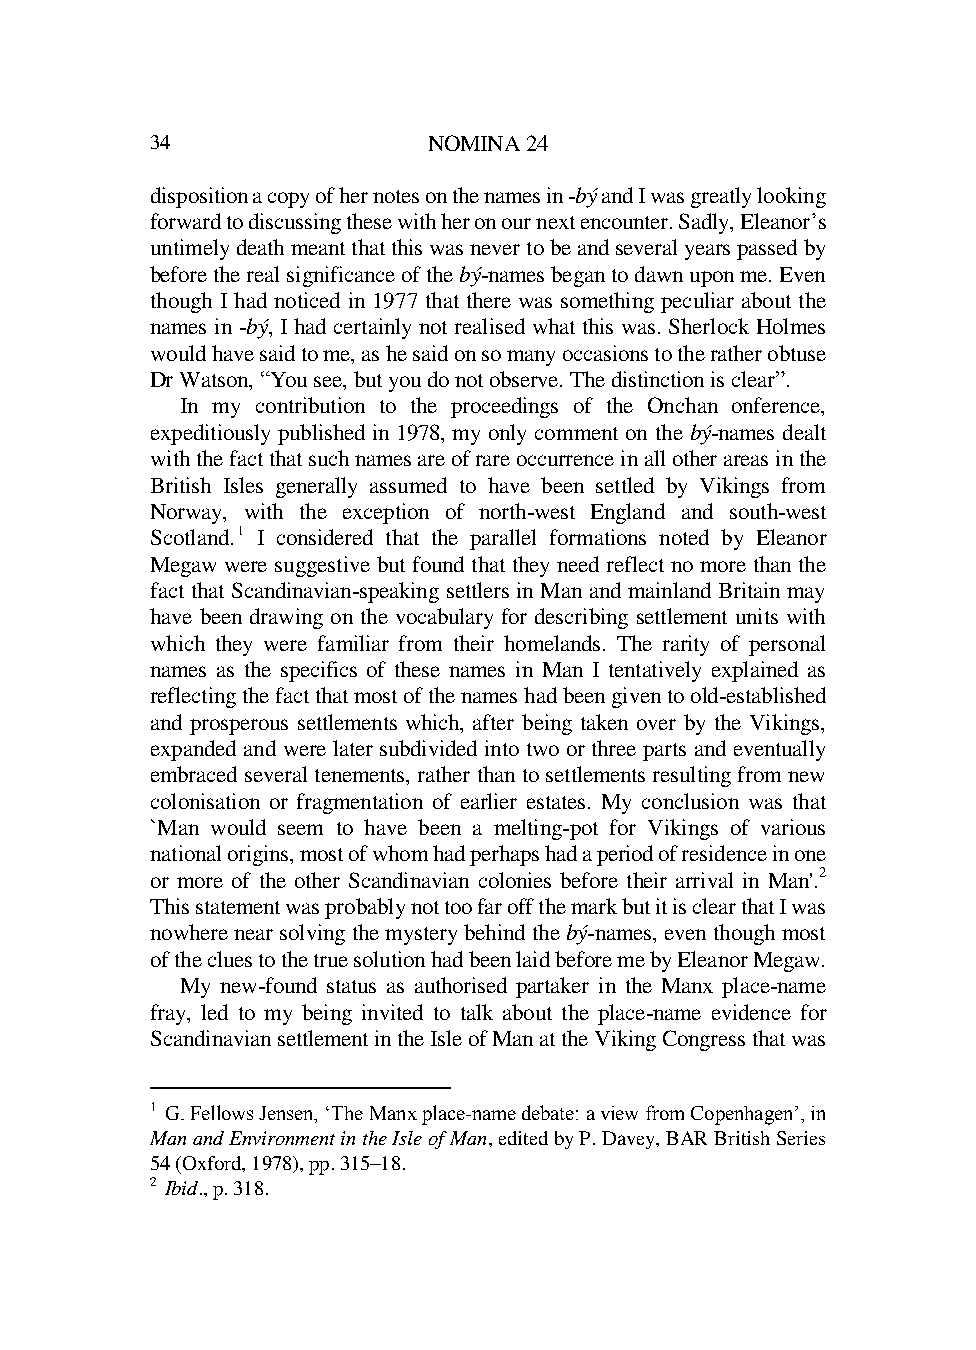
34                NOMINA 24
 disposition a copy of her notes on the names in -bý and I was greatly looking
 forward to discussing these with her on our next encounter. Sadly, Eleanor’s
 untimely death meant that this was never to be and several years passed by
 before the real significance of the bý-names began to dawn upon me. Even
 though I had noticed in 1977 that there was something peculiar about the
 names in -bý, I had certainly not realised what this was. Sherlock Holmes
 would have said to me, as he said on so many occasions to the rather obtuse
 Dr Watson, “You see, but you do not observe. The distinction is clear”.
 In my contribution to the proceedings of the Onchan onference,
 expeditiously published in 1978, my only comment on the bý-names dealt
 with the fact that such names are of rare occurrence in all other areas in the
 British Isles generally assumed to have been settled by Vikings from
 Norway, with the exception of north-west England and south-west
 Scotland.1 I considered that the parallel formations noted by Eleanor
 Megaw were suggestive but found that they need reflect no more than the
 fact that Scandinavian-speaking settlers in Man and mainland Britain may
 have been drawing on the vocabulary for describing settlement units with
 which they were familiar from their homelands. The rarity of personal
 names as the specifics of these names in Man I tentatively explained as
 reflecting the fact that most of the names had been given to old-established
 and prosperous settlements which, after being taken over by the Vikings,
 expanded and were later subdivided into two or three parts and eventually
 embraced several tenements, rather than to settlements resulting from new
 colonisation or fragmentation of earlier estates. My conclusion was that
 `Man would seem to have been a melting-pot for Vikings of various
 national origins, most of whom had perhaps had a period of residence in one
 or more of the other Scandinavian colonies before their arrival in Man'.2
 This statement was probably not too far off the mark but it is clear that I was
 nowhere near solving the mystery behind the bý-names, even though most
 of the clues to the true solution had been laid before me by Eleanor Megaw.
 My new-found status as authorised partaker in the Manx place-name
 fray, led to my being invited to talk about the place-name evidence for
 Scandinavian settlement in the Isle of Man at the Viking Congress that was
 1 G. Fellows Jensen, ‘The Manx place-name debate: a view from Copenhagen’, in
 Man and Environment in the Isle of Man, edited by P. Davey, BAR British Series
 54 (Oxford, 1978), pp. 315–18.
 2 Ibid., p. 318.